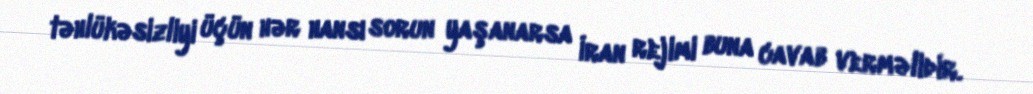
təhlükəsizliyi üçün hər hansı sorun yaşanarsa İran rejimi buna cavab verməlidir.